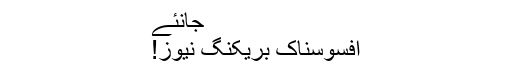
جانئے
افسوسناک بریکنگ نیوز!